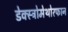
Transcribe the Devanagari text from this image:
डेक्स्ट्रोमेथोरफान